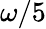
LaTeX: \omega/5